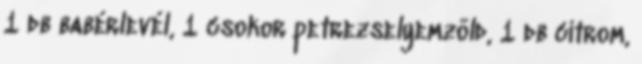
1 db babérlevél, 1 csokor petrezselyemzöld, 1 db citrom,